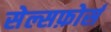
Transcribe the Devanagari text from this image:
सेल्सफ़ोर्स